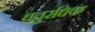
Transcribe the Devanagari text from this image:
चतुरधिकं